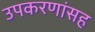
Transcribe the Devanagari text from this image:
उपकरणांसह